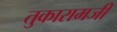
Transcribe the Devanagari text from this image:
तुकारामजी